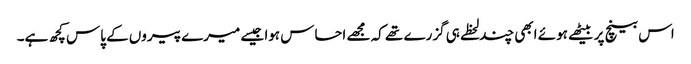
اس بینچ پر بیٹھے ہوئے ابھی چند لحظے ہی گزرے تھے کہ مجھے احساس ہوا جیسے میرے پیروں کے پاس کچھ ہے۔